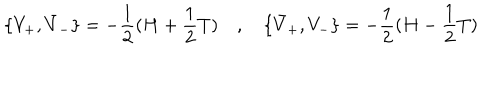
LaTeX: \lbrace V _ { + } , \bar { V } _ { - } \rbrace = - { \frac { 1 } { 2 } } ( H + { \frac { 1 } { 2 } } T ) \quad , \quad \lbrace \bar { V } _ { + } , V _ { - } \rbrace = - { \frac { 1 } { 2 } } ( H - { \frac { 1 } { 2 } } T )